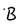
Character: B